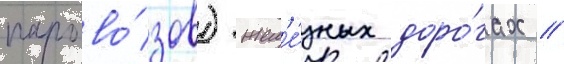
парово́зов) жел'е́зных доро́гах //